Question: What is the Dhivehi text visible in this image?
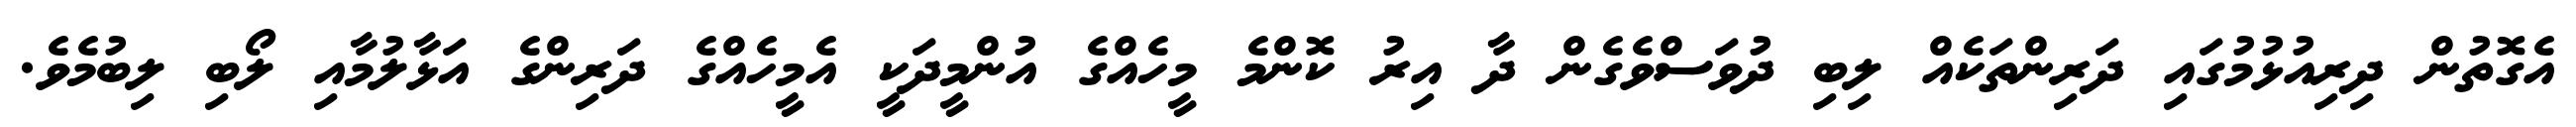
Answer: އެގޮތުން ދިރިއުޅުމުގައި ދަރިންތަކެއް ލިބި ދުވަސްވެގެން ދާ އިރު ކޮންމެ މީހެއްގެ އުންމީދަކީ އެމީހެއްގެ ދަރިންގެ އަޅާލުމާއި ލޯބި ލިބުމެވެ.